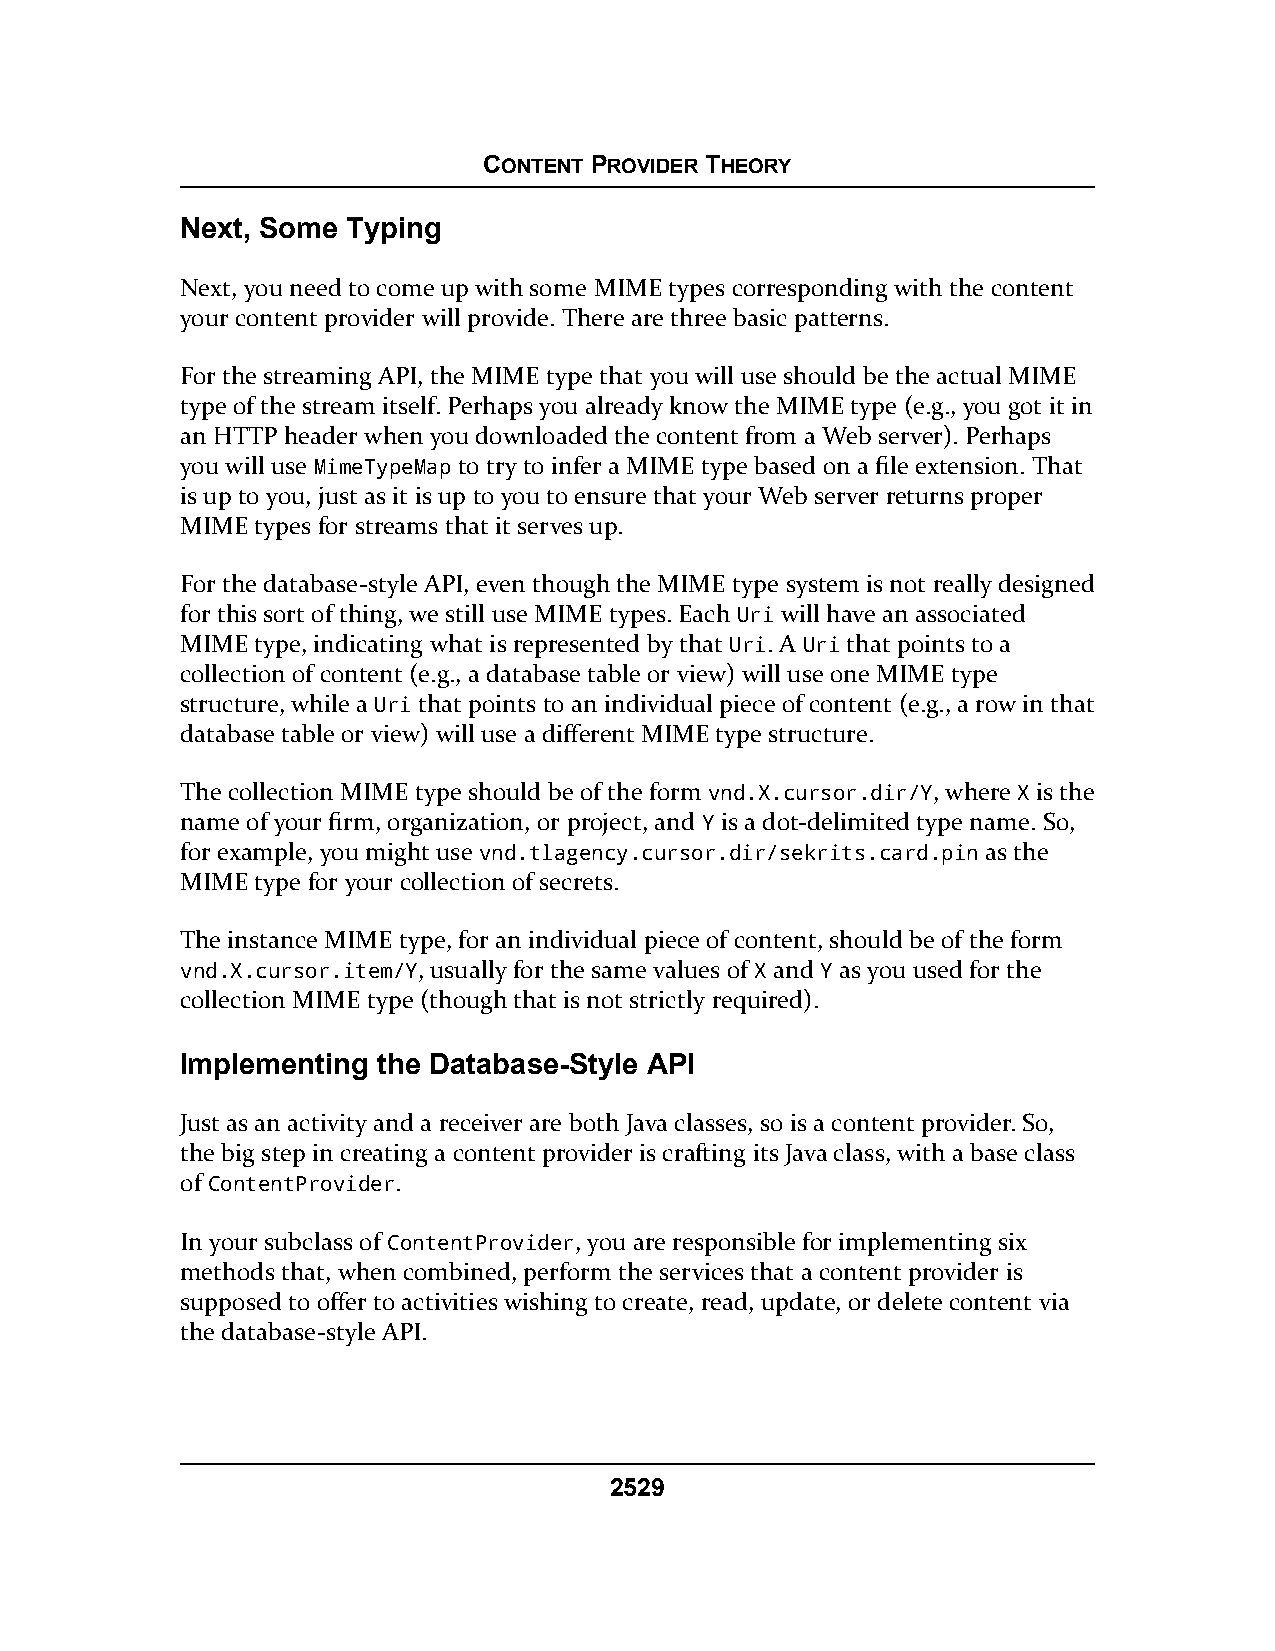
CONTENT PROVIDER THEORY
 Next, Some Typing
 Next, you need to come up with some MIME types corresponding with the content
 your content provider will provide. There are three basic patterns.
 For the streaming API, the MIME type that you will use should be the actual MIME
 type of the stream itself. Perhaps you already know the MIME type (e.g., you got it in
 an HTTP header when you downloaded the content from a Web server). Perhaps
 you will use MimeTypeMap to try to infer a MIME type based on a file extension. That
 is up to you, just as it is up to you to ensure that your Web server returns proper
 MIME types for streams that it serves up.
 For the database-style API, even though the MIME type system is not really designed
 for this sort of thing, we still use MIME types. Each Uri will have an associated
 MIME type, indicating what is represented by that Uri. A Uri that points to a
 collection of content (e.g., a database table or view) will use one MIME type
 structure, while a Uri that points to an individual piece of content (e.g., a row in that
 database table or view) will use a different MIME type structure.
 The collection MIME type should be of the form vnd.X.cursor.dir/Y, where X is the
 name of your firm, organization, or project, and Y is a dot-delimited type name. So,
 for example, you might use vnd.tlagency.cursor.dir/sekrits.card.pin as the
 MIME type for your collection of secrets.
 The instance MIME type, for an individual piece of content, should be of the form
 vnd.X.cursor.item/Y, usually for the same values of X and Y as you used for the
 collection MIME type (though that is not strictly required).
 Implementing the Database-Style API
 Just as an activity and a receiver are both Java classes, so is a content provider. So,
 the big step in creating a content provider is crafting its Java class, with a base class
 of ContentProvider.
 In your subclass of ContentProvider, you are responsible for implementing six
 methods that, when combined, perform the services that a content provider is
 supposed to offer to activities wishing to create, read, update, or delete content via
 the database-style API.
 2529